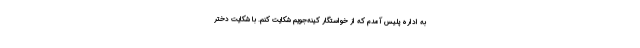
به اداره پلیس آمدم که از خواستگار کینه‌جویم شکایت کنم. با شکایت دختر